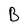
Character: B